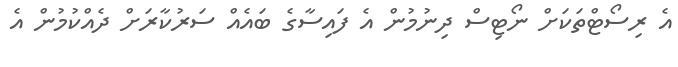
އެ ރިސޯޓްތަކަށް ނޯޓިސް ދިނުމުން އެ ފައިސާގެ ބައެއް ސަރުކާރަށް ދެއްކުމުން އެ